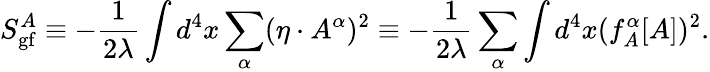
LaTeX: S_{\mathrm{gf}}^{A}\equiv-{\frac{1}{2\lambda}}\int d^{4}x\sum_{\alpha}(\eta\cdot A^{\alpha})^{2}\equiv-{\frac{1}{2\lambda}}\sum_{\alpha}\int d^{4}x(f_{A}^{\alpha}[A])^{2}.